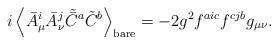
LaTeX: \begin{align*}i\left<\bar A_\mu^i\bar A_\nu^j \tilde{\bar C}^a\tilde C^b\right>_{\rm bare} =-2g^2f^{aic}f^{cjb}g_{\mu\nu} .\end{align*}